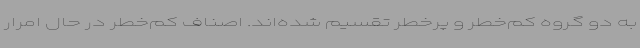
به دو گروه کم‌خطر و پرخطر تقسیم شده‌اند. اصناف کم‌خطر در حال امرار